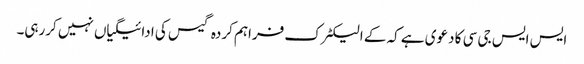
ایس ایس جی سی کا دعوی ہے کہ کے الیکٹرک فراہم کردہ گیس کی ادائیگیاں نہیں کررہی۔